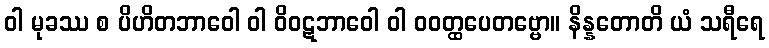
ဝါ မုခဿ စ ပိဟိတဘာဝေါ ဝါ ဝိဝဋဘာဝေါ ဝါ ဝဝတ္ထပေတဗ္ဗော။ နိန္နတောတိ ယံ သရီရေ